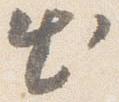
出